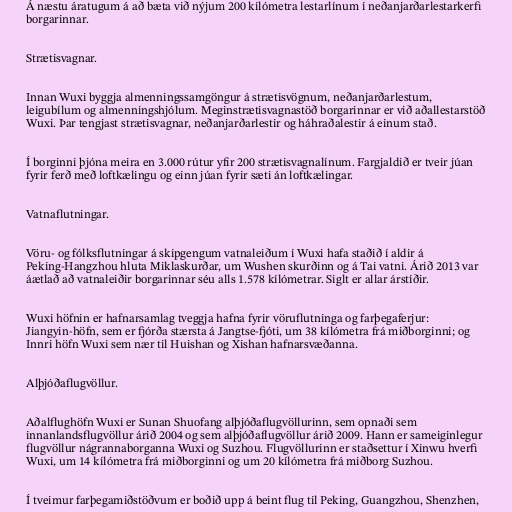
Á næstu áratugum á að bæta við nýjum 200 kílómetra lestarlínum í neðanjarðarlestarkerfi
borgarinnar.

Strætisvagnar.

Innan Wuxi byggja almenningssamgöngur á strætisvögnum, neðanjarðarlestum,
leigubílum og almenningshjólum. Meginstrætisvagnastöð borgarinnar er við aðallestarstöð
Wuxi. Þar tengjast strætisvagnar, neðanjarðarlestir og háhraðalestir á einum stað.

Í borginni þjóna meira en 3.000 rútur yfir 200 strætisvagnalínum. Fargjaldið er tveir júan
fyrir ferð með loftkælingu og einn júan fyrir sæti án loftkælingar.

Vatnaflutningar.

Vöru- og fólksflutningar á skipgengum vatnaleiðum í Wuxi hafa staðið í aldir á
Peking-Hangzhou hluta Miklaskurðar, um Wushen skurðinn og á Tai vatni. Árið 2013 var
áætlað að vatnaleiðir borgarinnar séu alls 1.578 kílómetrar. Siglt er allar árstíðir.

Wuxi höfnin er hafnarsamlag tveggja hafna fyrir vöruflutninga og farþegaferjur:
Jiangyin-höfn, sem er fjórða stærsta á Jangtse-fjóti, um 38 kílómetra frá miðborginni; og
Innri höfn Wuxi sem nær til Huishan og Xishan hafnarsvæðanna.

Alþjóðaflugvöllur.

Aðalflughöfn Wuxi er Sunan Shuofang alþjóðaflugvöllurinn, sem opnaði sem
innanlandsflugvöllur árið 2004 og sem alþjóðaflugvöllur árið 2009. Hann er sameiginlegur
flugvöllur nágrannaborganna Wuxi og Suzhou. Flugvöllurinn er staðsettur í Xinwu hverfi
Wuxi, um 14 kílómetra frá miðborginni og um 20 kílómetra frá miðborg Suzhou.

Í tveimur farþegamiðstöðvum er boðið upp á beint flug til Peking, Guangzhou, Shenzhen,